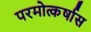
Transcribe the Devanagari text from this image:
परमोत्कर्षास